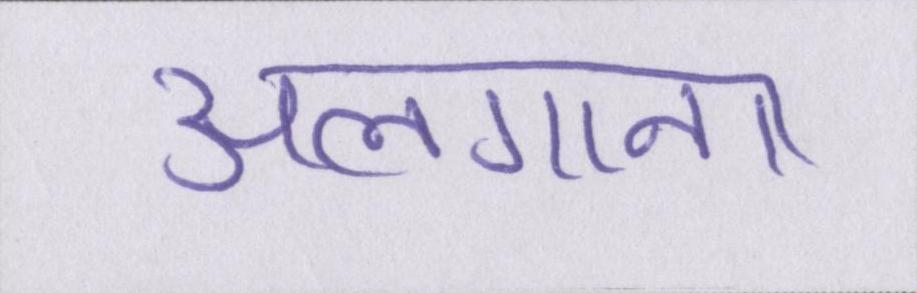
अलगाना